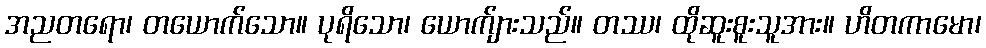
အညတရော၊ တယောက်သော။ ပုရိသော၊ ယောက်ျားသည်။ တဿ၊ ထိုဆူးစူးသူအား။ ဟိတကာမော၊